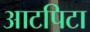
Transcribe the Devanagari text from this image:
आटपिटा